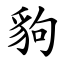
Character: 豿